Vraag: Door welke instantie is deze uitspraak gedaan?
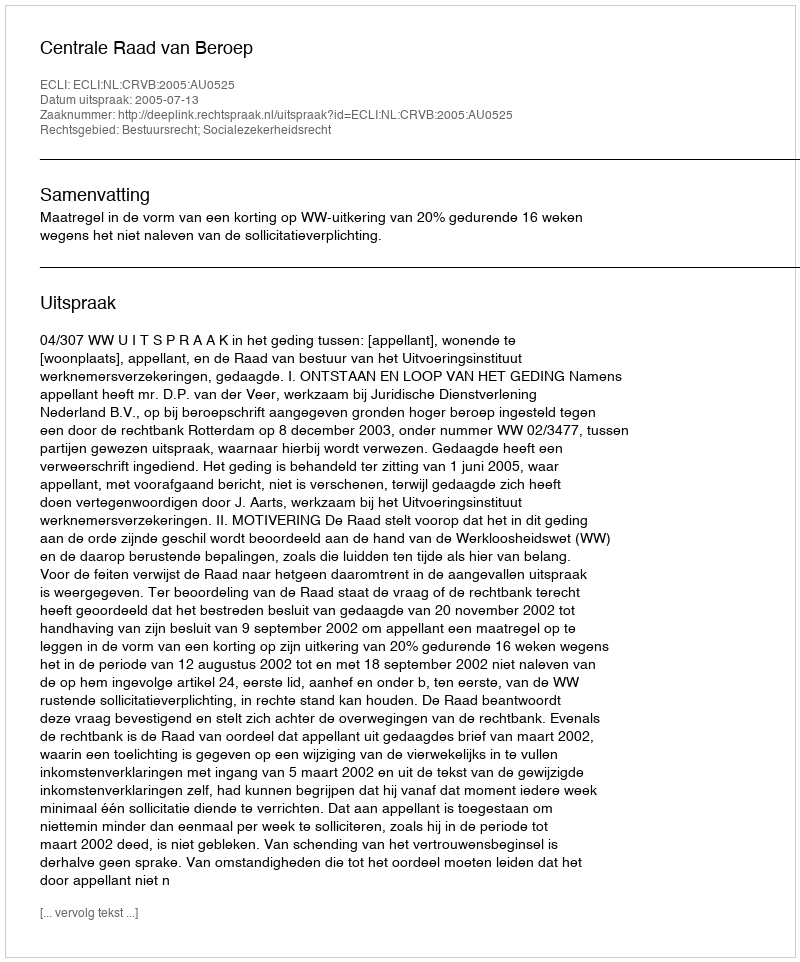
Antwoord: Centrale Raad van Beroep